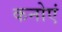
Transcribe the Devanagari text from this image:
कनोएं